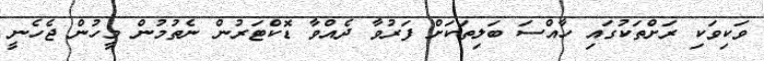
ވަކިވަކި ރަށްތަކުގައި ހާއްސަ ބަލިތަކަށް ފަރުވާ ދެއްވާ ޑޮކްޓަރުން ނެތުމުން މީހުން ޖެހެނީ